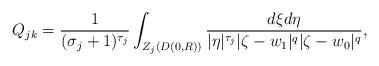
LaTeX: \begin{align*}Q_{jk}=\frac{1}{(\sigma_j+1)^{\tau_j}}\int_{Z_j(D(0,R))}\frac{d\xi d\eta}{|\eta|^{\tau_j}|\zeta-w_1|^q|\zeta-w_0|^q},\end{align*}